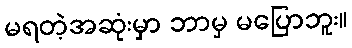
မရတဲ့အဆုံးမှာ ဘာမှ မပြောဘူး။